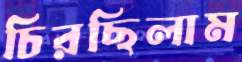
চিরছিলাম